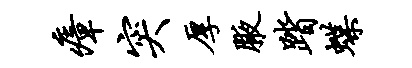
瘴突厚腋踏蝶